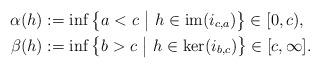
LaTeX: \begin{align*} \alpha(h)&:=\inf\big\{a < c\ \big|\ h\in \textrm{im}(i_{c,a})\big\}\in[0,c),\\ \beta(h)&:=\inf\big\{b > c\ \big|\ h\in\ker(i_{b,c})\big\}\in[c,\infty].\end{align*}